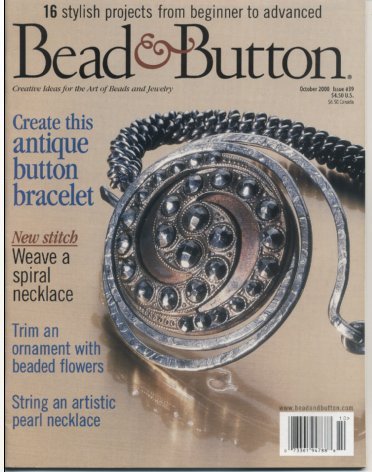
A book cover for Bead & Button October 2000 (Issue 39) - Antique Button Bracelet; Crafts, Hobbies & Home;